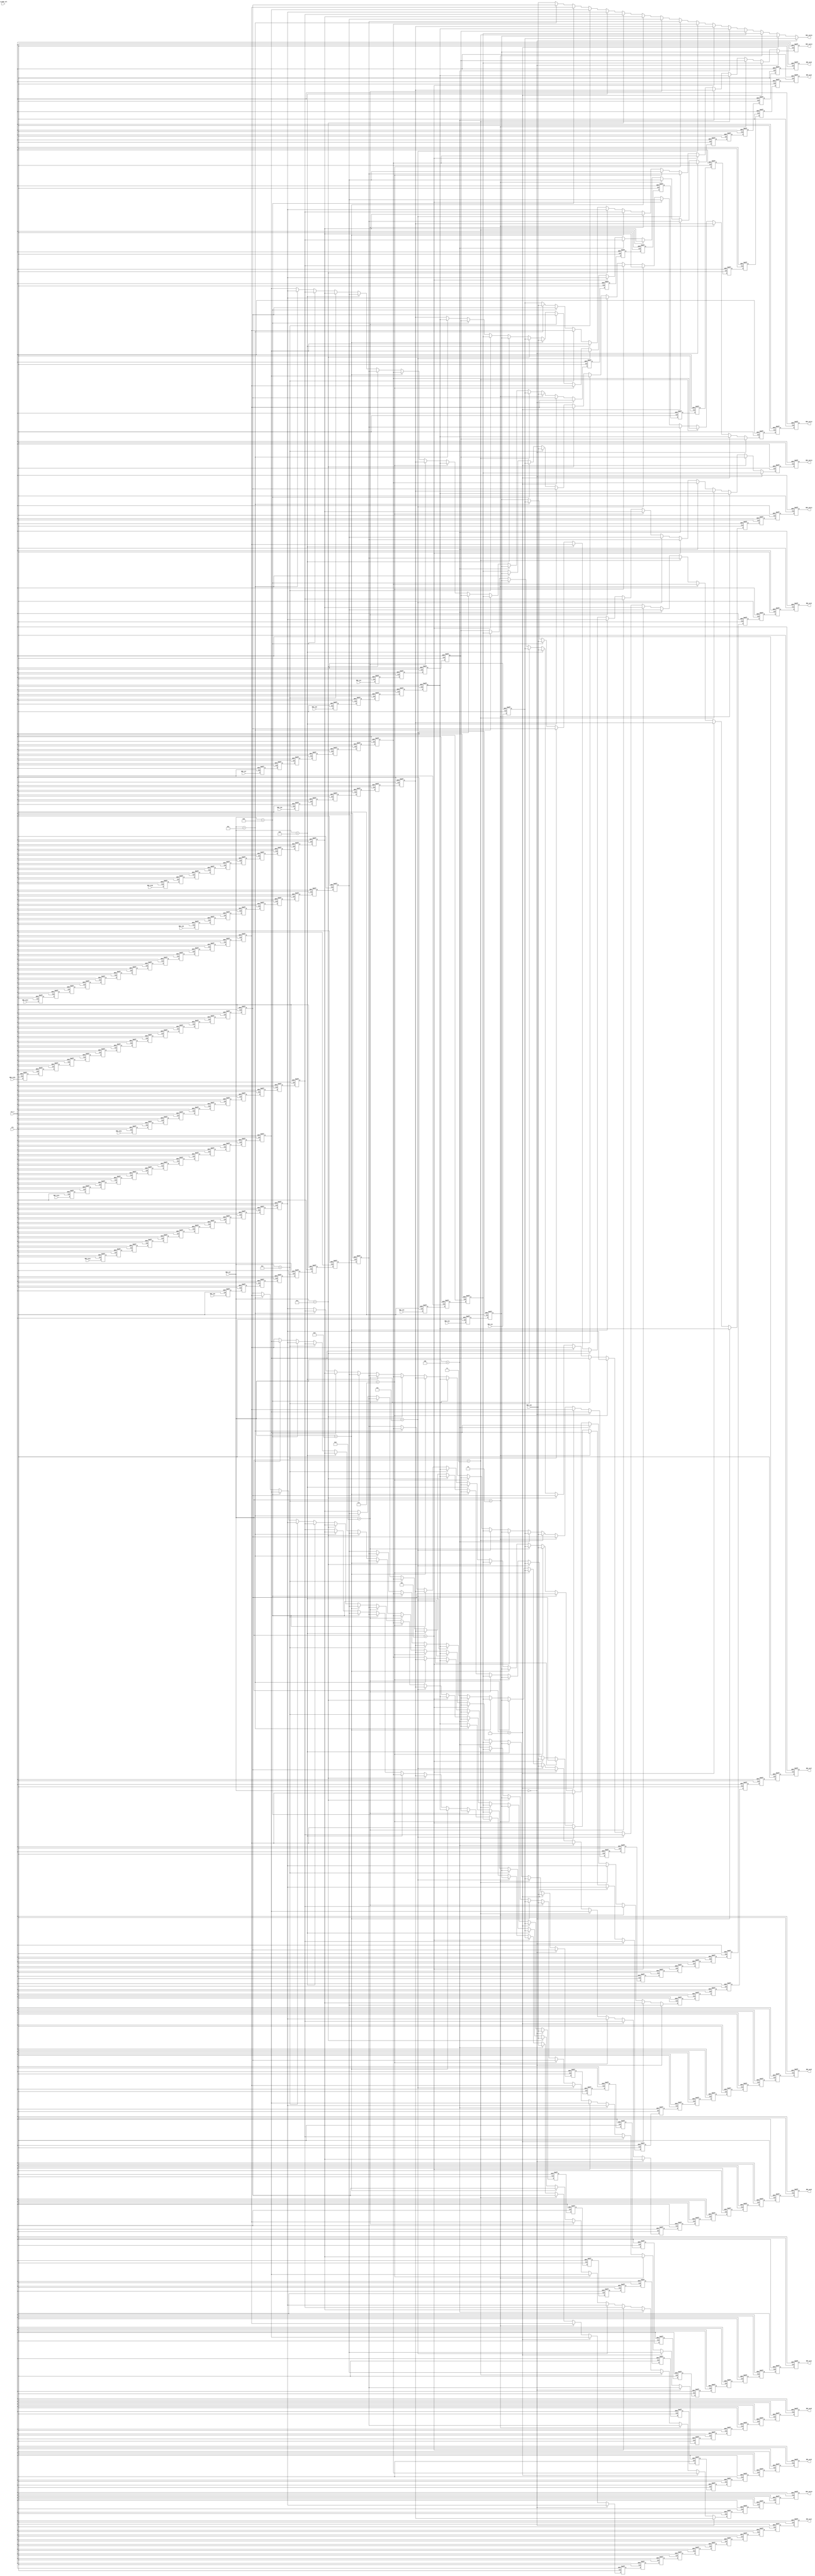
module R16_DC(RDC_out0,                                                                      
 			  RDC_out1,                                                                      
 			  RDC_out2,                                                                      
 			  RDC_out3,                                                                      
 			  RDC_out4,                                                                      
 			  RDC_out5,                                                                      
 			  RDC_out6,                                                                      
 			  RDC_out7,                                                                      
 			  RDC_out8,                                                                      
 			  RDC_out9,                                                                      
 			  RDC_out10,                                                                     
 			  RDC_out11,                                                                     
 			  RDC_out12,                                                                     
 			  RDC_out13,                                                                     
 			  RDC_out14,                                                                     
 			  RDC_out15,                                                                     
               RDC_in0,                                                                       
 		      RDC_in1,                                                                       
 			  RDC_in2,                                                                       
 			  RDC_in3,                                                                       
 			  RDC_in4,                                                                       
 			  RDC_in5,                                                                       
 			  RDC_in6,                                                                       
 			  RDC_in7,                                                                       
 			  RDC_in8,                                                                       
 			  RDC_in9,                                                                       
 			  RDC_in10,                                                                      
 			  RDC_in11,                                                                      
 			  RDC_in12,                                                                      
 			  RDC_in13,                                                                      
 			  RDC_in14,                                                                      
 			  RDC_in15,                                                                      
 			  RDC_sel,                                                                       
 			  DC_mode_sel,                                                                   
               rst_n,                                                                         
               clk                                                                            
               ) ;                                                                            
 parameter P_WIDTH     = 64 ;                                                                 
                                                                                              
 parameter P_ZERO      = 64'h0 ;                                                              
                                                                                              
                                                                                              
 output[P_WIDTH-1:0] RDC_out0 ;                                                               
 output[P_WIDTH-1:0] RDC_out1 ;                                                               
 output[P_WIDTH-1:0] RDC_out2 ;                                                               
 output[P_WIDTH-1:0] RDC_out3 ;                                                               
 output[P_WIDTH-1:0] RDC_out4 ;                                                               
 output[P_WIDTH-1:0] RDC_out5 ;                                                               
 output[P_WIDTH-1:0] RDC_out6 ;                                                               
 output[P_WIDTH-1:0] RDC_out7 ;                                                               
 output[P_WIDTH-1:0] RDC_out8 ;                                                               
 output[P_WIDTH-1:0] RDC_out9 ;                                                               
 output[P_WIDTH-1:0] RDC_out10 ;                                                              
 output[P_WIDTH-1:0] RDC_out11 ;                                                              
 output[P_WIDTH-1:0] RDC_out12 ;                                                              
 output[P_WIDTH-1:0] RDC_out13 ;                                                              
 output[P_WIDTH-1:0] RDC_out14 ;                                                              
 output[P_WIDTH-1:0] RDC_out15 ;                                                              
                                                                                              
 input [P_WIDTH-1:0] RDC_in0 ;                                                                
 input [P_WIDTH-1:0] RDC_in1 ;                                                                
 input [P_WIDTH-1:0] RDC_in2 ;                                                                
 input [P_WIDTH-1:0] RDC_in3 ;                                                                
 input [P_WIDTH-1:0] RDC_in4 ;                                                                
 input [P_WIDTH-1:0] RDC_in5 ;                                                                
 input [P_WIDTH-1:0] RDC_in6 ;                                                                
 input [P_WIDTH-1:0] RDC_in7 ;                                                                
 input [P_WIDTH-1:0] RDC_in8 ;                                                                
 input [P_WIDTH-1:0] RDC_in9 ;                                                                
 input [P_WIDTH-1:0] RDC_in10 ;                                                               
 input [P_WIDTH-1:0] RDC_in11 ;                                                               
 input [P_WIDTH-1:0] RDC_in12 ;                                                               
 input [P_WIDTH-1:0] RDC_in13 ;                                                               
 input [P_WIDTH-1:0] RDC_in14 ;                                                               
 input [P_WIDTH-1:0] RDC_in15 ;                                                               
 input [3:0]         RDC_sel ;                                                                
 input [1:0]         DC_mode_sel ;                                                            
 input               rst_n ;                                                                  
 input               clk ;                                                                    
                                                                                              
                                                                                              
 reg   [P_WIDTH-1:0] RDC_out0 ;                                                               
 reg   [P_WIDTH-1:0] RDC_out1 ;                                                               
 reg   [P_WIDTH-1:0] RDC_out2 ;                                                               
 reg   [P_WIDTH-1:0] RDC_out3 ;                                                               
 reg   [P_WIDTH-1:0] RDC_out4 ;                                                               
 reg   [P_WIDTH-1:0] RDC_out5 ;                                                               
 reg   [P_WIDTH-1:0] RDC_out6 ;                                                               
 reg   [P_WIDTH-1:0] RDC_out7 ;                                                               
 reg   [P_WIDTH-1:0] RDC_out8 ;                                                               
 reg   [P_WIDTH-1:0] RDC_out9 ;                                                               
 reg   [P_WIDTH-1:0] RDC_out10 ;                                                              
 reg   [P_WIDTH-1:0] RDC_out11 ;                                                              
 reg   [P_WIDTH-1:0] RDC_out12 ;                                                              
 reg   [P_WIDTH-1:0] RDC_out13 ;                                                              
 reg   [P_WIDTH-1:0] RDC_out14 ;                                                              
                                                                                              
                                                                                              
 reg   [P_WIDTH-1:0] D1_0_in_reg ;                                                            
 reg   [P_WIDTH-1:0] D2_0_in_reg ;                                                            
 reg   [P_WIDTH-1:0] D2_1_in_reg ;                                                            
 reg   [P_WIDTH-1:0] D3_0_in_reg ;                                                            
 reg   [P_WIDTH-1:0] D3_1_in_reg ;                                                            
 reg   [P_WIDTH-1:0] D3_2_in_reg ;                                                            
 reg   [P_WIDTH-1:0] D4_0_in_reg ;                                                            
 reg   [P_WIDTH-1:0] D4_1_in_reg ;                                                            
 reg   [P_WIDTH-1:0] D4_2_in_reg ;                                                            
 reg   [P_WIDTH-1:0] D4_3_in_reg ;                                                            
 reg   [P_WIDTH-1:0] D5_0_in_reg ;                                                            
 reg   [P_WIDTH-1:0] D5_1_in_reg ;                                                            
 reg   [P_WIDTH-1:0] D5_2_in_reg ;                                                            
 reg   [P_WIDTH-1:0] D5_3_in_reg ;                                                            
 reg   [P_WIDTH-1:0] D5_4_in_reg ;                                                            
 reg   [P_WIDTH-1:0] D6_0_in_reg ;                                                            
 reg   [P_WIDTH-1:0] D6_1_in_reg ;                                                            
 reg   [P_WIDTH-1:0] D6_2_in_reg ;                                                            
 reg   [P_WIDTH-1:0] D6_3_in_reg ;                                                            
 reg   [P_WIDTH-1:0] D6_4_in_reg ;                                                            
 reg   [P_WIDTH-1:0] D6_5_in_reg ;                                                            
 reg   [P_WIDTH-1:0] D7_0_in_reg ;                                                            
 reg   [P_WIDTH-1:0] D7_1_in_reg ;                                                            
 reg   [P_WIDTH-1:0] D7_2_in_reg ;                                                            
 reg   [P_WIDTH-1:0] D7_3_in_reg ;                                                            
 reg   [P_WIDTH-1:0] D7_4_in_reg ;                                                            
 reg   [P_WIDTH-1:0] D7_5_in_reg ;                                                            
 reg   [P_WIDTH-1:0] D7_6_in_reg ;                                                            
 reg   [P_WIDTH-1:0] D8_0_in_reg ;                                                            
 reg   [P_WIDTH-1:0] D8_1_in_reg ;                                                            
 reg   [P_WIDTH-1:0] D8_2_in_reg ;                                                            
 reg   [P_WIDTH-1:0] D8_3_in_reg ;                                                            
 reg   [P_WIDTH-1:0] D8_4_in_reg ;                                                            
 reg   [P_WIDTH-1:0] D8_5_in_reg ;                                                            
 reg   [P_WIDTH-1:0] D8_6_in_reg ;                                                            
 reg   [P_WIDTH-1:0] D8_7_in_reg ;                                                            
 reg   [P_WIDTH-1:0] D9_0_in_reg ;                                                            
 reg   [P_WIDTH-1:0] D9_1_in_reg ;                                                            
 reg   [P_WIDTH-1:0] D9_2_in_reg ;                                                            
 reg   [P_WIDTH-1:0] D9_3_in_reg ;                                                            
 reg   [P_WIDTH-1:0] D9_4_in_reg ;                                                            
 reg   [P_WIDTH-1:0] D9_5_in_reg ;                                                            
 reg   [P_WIDTH-1:0] D9_6_in_reg ;                                                            
 reg   [P_WIDTH-1:0] D9_7_in_reg ;                                                            
 reg   [P_WIDTH-1:0] D9_8_in_reg ;                                                            
 reg   [P_WIDTH-1:0] D10_0_in_reg ;                                                           
 reg   [P_WIDTH-1:0] D10_1_in_reg ;                                                           
 reg   [P_WIDTH-1:0] D10_2_in_reg ;                                                           
 reg   [P_WIDTH-1:0] D10_3_in_reg ;                                                           
 reg   [P_WIDTH-1:0] D10_4_in_reg ;                                                           
 reg   [P_WIDTH-1:0] D10_5_in_reg ;                                                           
 reg   [P_WIDTH-1:0] D10_6_in_reg ;                                                           
 reg   [P_WIDTH-1:0] D10_7_in_reg ;                                                           
 reg   [P_WIDTH-1:0] D10_8_in_reg ;                                                           
 reg   [P_WIDTH-1:0] D10_9_in_reg ;                                                           
 reg   [P_WIDTH-1:0] D11_0_in_reg ;                                                           
 reg   [P_WIDTH-1:0] D11_1_in_reg ;                                                           
 reg   [P_WIDTH-1:0] D11_2_in_reg ;                                                           
 reg   [P_WIDTH-1:0] D11_3_in_reg ;                                                           
 reg   [P_WIDTH-1:0] D11_4_in_reg ;                                                           
 reg   [P_WIDTH-1:0] D11_5_in_reg ;                                                           
 reg   [P_WIDTH-1:0] D11_6_in_reg ;                                                           
 reg   [P_WIDTH-1:0] D11_7_in_reg ;                                                           
 reg   [P_WIDTH-1:0] D11_8_in_reg ;                                                           
 reg   [P_WIDTH-1:0] D11_9_in_reg ;                                                           
 reg   [P_WIDTH-1:0] D11_10_in_reg ;                                                          
 reg   [P_WIDTH-1:0] D12_0_in_reg ;                                                           
 reg   [P_WIDTH-1:0] D12_1_in_reg ;                                                           
 reg   [P_WIDTH-1:0] D12_2_in_reg ;                                                           
 reg   [P_WIDTH-1:0] D12_3_in_reg ;                                                           
 reg   [P_WIDTH-1:0] D12_4_in_reg ;                                                           
 reg   [P_WIDTH-1:0] D12_5_in_reg ;                                                           
 reg   [P_WIDTH-1:0] D12_6_in_reg ;                                                           
 reg   [P_WIDTH-1:0] D12_7_in_reg ;                                                           
 reg   [P_WIDTH-1:0] D12_8_in_reg ;                                                           
 reg   [P_WIDTH-1:0] D12_9_in_reg ;                                                           
 reg   [P_WIDTH-1:0] D12_10_in_reg ;                                                          
 reg   [P_WIDTH-1:0] D12_11_in_reg ;                                                          
 reg   [P_WIDTH-1:0] D13_0_in_reg ;                                                           
 reg   [P_WIDTH-1:0] D13_1_in_reg ;                                                           
 reg   [P_WIDTH-1:0] D13_2_in_reg ;                                                           
 reg   [P_WIDTH-1:0] D13_3_in_reg ;                                                           
 reg   [P_WIDTH-1:0] D13_4_in_reg ;                                                           
 reg   [P_WIDTH-1:0] D13_5_in_reg ;                                                           
 reg   [P_WIDTH-1:0] D13_6_in_reg ;                                                           
 reg   [P_WIDTH-1:0] D13_7_in_reg ;                                                           
 reg   [P_WIDTH-1:0] D13_8_in_reg ;                                                           
 reg   [P_WIDTH-1:0] D13_9_in_reg ;                                                           
 reg   [P_WIDTH-1:0] D13_10_in_reg ;                                                          
 reg   [P_WIDTH-1:0] D13_11_in_reg ;                                                          
 reg   [P_WIDTH-1:0] D13_12_in_reg ;                                                          
 reg   [P_WIDTH-1:0] D14_0_in_reg ;                                                           
 reg   [P_WIDTH-1:0] D14_1_in_reg ;                                                           
 reg   [P_WIDTH-1:0] D14_2_in_reg ;                                                           
 reg   [P_WIDTH-1:0] D14_3_in_reg ;                                                           
 reg   [P_WIDTH-1:0] D14_4_in_reg ;                                                           
 reg   [P_WIDTH-1:0] D14_5_in_reg ;                                                           
 reg   [P_WIDTH-1:0] D14_6_in_reg ;                                                           
 reg   [P_WIDTH-1:0] D14_7_in_reg ;                                                           
 reg   [P_WIDTH-1:0] D14_8_in_reg ;                                                           
 reg   [P_WIDTH-1:0] D14_9_in_reg ;                                                           
 reg   [P_WIDTH-1:0] D14_10_in_reg ;                                                          
 reg   [P_WIDTH-1:0] D14_11_in_reg ;                                                          
 reg   [P_WIDTH-1:0] D14_12_in_reg ;                                                          
 reg   [P_WIDTH-1:0] D14_13_in_reg ;                                                          
 reg   [P_WIDTH-1:0] D15_0_in_reg ;                                                           
 reg   [P_WIDTH-1:0] D15_1_in_reg ;                                                           
 reg   [P_WIDTH-1:0] D15_2_in_reg ;                                                           
 reg   [P_WIDTH-1:0] D15_3_in_reg ;                                                           
 reg   [P_WIDTH-1:0] D15_4_in_reg ;                                                           
 reg   [P_WIDTH-1:0] D15_5_in_reg ;                                                           
 reg   [P_WIDTH-1:0] D15_6_in_reg ;                                                           
 reg   [P_WIDTH-1:0] D15_7_in_reg ;                                                           
 reg   [P_WIDTH-1:0] D15_8_in_reg ;                                                           
 reg   [P_WIDTH-1:0] D15_9_in_reg ;                                                           
 reg   [P_WIDTH-1:0] D15_10_in_reg ;                                                          
 reg   [P_WIDTH-1:0] D15_11_in_reg ;                                                          
 reg   [P_WIDTH-1:0] D15_12_in_reg ;                                                          
 reg   [P_WIDTH-1:0] D15_13_in_reg ;                                                          
 reg   [P_WIDTH-1:0] D15_14_in_reg ;                                                          
                                                                                              
                                                                                              
 reg   [P_WIDTH-1:0] D0_0_out_reg ;                                                           
 reg   [P_WIDTH-1:0] D0_1_out_reg ;                                                           
 reg   [P_WIDTH-1:0] D0_2_out_reg ;                                                           
 reg   [P_WIDTH-1:0] D0_3_out_reg ;                                                           
 reg   [P_WIDTH-1:0] D0_4_out_reg ;                                                           
 reg   [P_WIDTH-1:0] D0_5_out_reg ;                                                           
 reg   [P_WIDTH-1:0] D0_6_out_reg ;                                                           
 reg   [P_WIDTH-1:0] D0_7_out_reg ;                                                           
 reg   [P_WIDTH-1:0] D0_8_out_reg ;                                                           
 reg   [P_WIDTH-1:0] D0_9_out_reg ;                                                           
 reg   [P_WIDTH-1:0] D0_10_out_reg ;                                                          
 reg   [P_WIDTH-1:0] D0_11_out_reg ;                                                          
 reg   [P_WIDTH-1:0] D0_12_out_reg ;                                                          
 reg   [P_WIDTH-1:0] D0_13_out_reg ;                                                          
 reg   [P_WIDTH-1:0] D1_0_out_reg ;                                                           
 reg   [P_WIDTH-1:0] D1_1_out_reg ;                                                           
 reg   [P_WIDTH-1:0] D1_2_out_reg ;                                                           
 reg   [P_WIDTH-1:0] D1_3_out_reg ;                                                           
 reg   [P_WIDTH-1:0] D1_4_out_reg ;                                                           
 reg   [P_WIDTH-1:0] D1_5_out_reg ;                                                           
 reg   [P_WIDTH-1:0] D1_6_out_reg ;                                                           
 reg   [P_WIDTH-1:0] D1_7_out_reg ;                                                           
 reg   [P_WIDTH-1:0] D1_8_out_reg ;                                                           
 reg   [P_WIDTH-1:0] D1_9_out_reg ;                                                           
 reg   [P_WIDTH-1:0] D1_10_out_reg ;                                                          
 reg   [P_WIDTH-1:0] D1_11_out_reg ;                                                          
 reg   [P_WIDTH-1:0] D1_12_out_reg ;                                                          
 reg   [P_WIDTH-1:0] D2_0_out_reg ;                                                           
 reg   [P_WIDTH-1:0] D2_1_out_reg ;                                                           
 reg   [P_WIDTH-1:0] D2_2_out_reg ;                                                           
 reg   [P_WIDTH-1:0] D2_3_out_reg ;                                                           
 reg   [P_WIDTH-1:0] D2_4_out_reg ;                                                           
 reg   [P_WIDTH-1:0] D2_5_out_reg ;                                                           
 reg   [P_WIDTH-1:0] D2_6_out_reg ;                                                           
 reg   [P_WIDTH-1:0] D2_7_out_reg ;                                                           
 reg   [P_WIDTH-1:0] D2_8_out_reg ;                                                           
 reg   [P_WIDTH-1:0] D2_9_out_reg ;                                                           
 reg   [P_WIDTH-1:0] D2_10_out_reg ;                                                          
 reg   [P_WIDTH-1:0] D2_11_out_reg ;                                                          
 reg   [P_WIDTH-1:0] D3_0_out_reg ;                                                           
 reg   [P_WIDTH-1:0] D3_1_out_reg ;                                                           
 reg   [P_WIDTH-1:0] D3_2_out_reg ;                                                           
 reg   [P_WIDTH-1:0] D3_3_out_reg ;                                                           
 reg   [P_WIDTH-1:0] D3_4_out_reg ;                                                           
 reg   [P_WIDTH-1:0] D3_5_out_reg ;                                                           
 reg   [P_WIDTH-1:0] D3_6_out_reg ;                                                           
 reg   [P_WIDTH-1:0] D3_7_out_reg ;                                                           
 reg   [P_WIDTH-1:0] D3_8_out_reg ;                                                           
 reg   [P_WIDTH-1:0] D3_9_out_reg ;                                                           
 reg   [P_WIDTH-1:0] D3_10_out_reg ;                                                          
 reg   [P_WIDTH-1:0] D4_0_out_reg ;                                                           
 reg   [P_WIDTH-1:0] D4_1_out_reg ;                                                           
 reg   [P_WIDTH-1:0] D4_2_out_reg ;                                                           
 reg   [P_WIDTH-1:0] D4_3_out_reg ;                                                           
 reg   [P_WIDTH-1:0] D4_4_out_reg ;                                                           
 reg   [P_WIDTH-1:0] D4_5_out_reg ;                                                           
 reg   [P_WIDTH-1:0] D4_6_out_reg ;                                                           
 reg   [P_WIDTH-1:0] D4_7_out_reg ;                                                           
 reg   [P_WIDTH-1:0] D4_8_out_reg ;                                                           
 reg   [P_WIDTH-1:0] D4_9_out_reg ;                                                           
 reg   [P_WIDTH-1:0] D5_0_out_reg ;                                                           
 reg   [P_WIDTH-1:0] D5_1_out_reg ;                                                           
 reg   [P_WIDTH-1:0] D5_2_out_reg ;                                                           
 reg   [P_WIDTH-1:0] D5_3_out_reg ;                                                           
 reg   [P_WIDTH-1:0] D5_4_out_reg ;                                                           
 reg   [P_WIDTH-1:0] D5_5_out_reg ;                                                           
 reg   [P_WIDTH-1:0] D5_6_out_reg ;                                                           
 reg   [P_WIDTH-1:0] D5_7_out_reg ;                                                           
 reg   [P_WIDTH-1:0] D5_8_out_reg ;                                                           
 reg   [P_WIDTH-1:0] D6_0_out_reg ;                                                           
 reg   [P_WIDTH-1:0] D6_1_out_reg ;                                                           
 reg   [P_WIDTH-1:0] D6_2_out_reg ;                                                           
 reg   [P_WIDTH-1:0] D6_3_out_reg ;                                                           
 reg   [P_WIDTH-1:0] D6_4_out_reg ;                                                           
 reg   [P_WIDTH-1:0] D6_5_out_reg ;                                                           
 reg   [P_WIDTH-1:0] D6_6_out_reg ;                                                           
 reg   [P_WIDTH-1:0] D6_7_out_reg ;                                                           
 reg   [P_WIDTH-1:0] D7_0_out_reg ;                                                           
 reg   [P_WIDTH-1:0] D7_1_out_reg ;                                                           
 reg   [P_WIDTH-1:0] D7_2_out_reg ;                                                           
 reg   [P_WIDTH-1:0] D7_3_out_reg ;                                                           
 reg   [P_WIDTH-1:0] D7_4_out_reg ;                                                           
 reg   [P_WIDTH-1:0] D7_5_out_reg ;                                                           
 reg   [P_WIDTH-1:0] D7_6_out_reg ;                                                           
 reg   [P_WIDTH-1:0] D8_0_out_reg ;                                                           
 reg   [P_WIDTH-1:0] D8_1_out_reg ;                                                           
 reg   [P_WIDTH-1:0] D8_2_out_reg ;                                                           
 reg   [P_WIDTH-1:0] D8_3_out_reg ;                                                           
 reg   [P_WIDTH-1:0] D8_4_out_reg ;                                                           
 reg   [P_WIDTH-1:0] D8_5_out_reg ;                                                           
 reg   [P_WIDTH-1:0] D9_0_out_reg ;                                                           
 reg   [P_WIDTH-1:0] D9_1_out_reg ;                                                           
 reg   [P_WIDTH-1:0] D9_2_out_reg ;                                                           
 reg   [P_WIDTH-1:0] D9_3_out_reg ;                                                           
 reg   [P_WIDTH-1:0] D9_4_out_reg ;                                                           
 reg   [P_WIDTH-1:0] D10_0_out_reg ;                                                          
 reg   [P_WIDTH-1:0] D10_1_out_reg ;                                                          
 reg   [P_WIDTH-1:0] D10_2_out_reg ;                                                          
 reg   [P_WIDTH-1:0] D10_3_out_reg ;                                                          
 reg   [P_WIDTH-1:0] D11_0_out_reg ;                                                          
 reg   [P_WIDTH-1:0] D11_1_out_reg ;                                                          
 reg   [P_WIDTH-1:0] D11_2_out_reg ;                                                          
 reg   [P_WIDTH-1:0] D12_0_out_reg ;                                                          
 reg   [P_WIDTH-1:0] D12_1_out_reg ;                                                          
 reg   [P_WIDTH-1:0] D13_0_out_reg ;                                                          
                                                                                              
                                                                                              
 wire  [P_WIDTH-1:0]  D0_wire ;                                                               
 wire  [P_WIDTH-1:0]  D1_wire ;                                                               
 wire  [P_WIDTH-1:0]  D2_wire ;                                                               
 wire  [P_WIDTH-1:0]  D3_wire ;                                                               
 wire  [P_WIDTH-1:0]  D4_wire ;                                                               
 wire  [P_WIDTH-1:0]  D5_wire ;                                                               
 wire  [P_WIDTH-1:0]  D6_wire ;                                                               
 wire  [P_WIDTH-1:0]  D7_wire ;                                                               
 wire  [P_WIDTH-1:0]  D8_wire ;                                                               
 wire  [P_WIDTH-1:0]  D9_wire ;                                                               
 wire  [P_WIDTH-1:0]  D10_wire ;                                                              
 wire  [P_WIDTH-1:0]  D11_wire ;                                                              
 wire  [P_WIDTH-1:0]  D12_wire ;                                                              
 wire  [P_WIDTH-1:0]  D13_wire ;                                                              
 wire  [P_WIDTH-1:0]  D14_wire ;                                                              
 wire  [P_WIDTH-1:0]  RDC_out15 ;                                                             
                                                                                              
                                                                                              
 	//                                                                                       
 	assign D0_wire =  //(DC_mode_sel == 2'd1)? RDC_in0 :                                       
                       (RDC_sel==4'd0)? RDC_in0 :                                             
 					  (RDC_sel==4'd1)? D1_0_in_reg :                                         
 					  (RDC_sel==4'd2)? D2_1_in_reg :                                         
 					  (RDC_sel==4'd3)? D3_2_in_reg :                                         
 					  (RDC_sel==4'd4)? D4_3_in_reg :                                         
 					  (RDC_sel==4'd5)? D5_4_in_reg :                                         
 					  (RDC_sel==4'd6)? D6_5_in_reg :                                         
 					  (RDC_sel==4'd7)? D7_6_in_reg :                                         
 					  (RDC_sel==4'd8)? D8_7_in_reg :                                         
 					  (RDC_sel==4'd9)? D9_8_in_reg :                                         
 					  (RDC_sel==4'd10)? D10_9_in_reg :                                       
 					  (RDC_sel==4'd11)? D11_10_in_reg :                                      
 					  (RDC_sel==4'd12)? D12_11_in_reg :                                      
 					  (RDC_sel==4'd13)? D13_12_in_reg :                                      
 					  (RDC_sel==4'd14)? D14_13_in_reg :                                      
 					                    D15_14_in_reg ; // RDC_sel==4'd15                    
 									                                                         
 	//                                                                                       
 	assign D1_wire =  //(DC_mode_sel == 2'd1)? D1_0_in_reg :                                   
                       (RDC_sel==4'd0)? D15_14_in_reg :                                       
 					  (RDC_sel==4'd1)? RDC_in0 :                                             
 					  (RDC_sel==4'd2)? D1_0_in_reg :                                         
 					  (RDC_sel==4'd3)? D2_1_in_reg :                                         
 					  (RDC_sel==4'd4)? D3_2_in_reg :                                         
 					  (RDC_sel==4'd5)? D4_3_in_reg :                                         
 					  (RDC_sel==4'd6)? D5_4_in_reg :                                         
 					  (RDC_sel==4'd7)? D6_5_in_reg :                                         
 					  (RDC_sel==4'd8)? D7_6_in_reg :                                         
 					  (RDC_sel==4'd9)? D8_7_in_reg :                                         
 					  (RDC_sel==4'd10)? D9_8_in_reg :                                        
 					  (RDC_sel==4'd11)? D10_9_in_reg :                                       
 					  (RDC_sel==4'd12)? D11_10_in_reg :                                      
 					  (RDC_sel==4'd13)? D12_11_in_reg :                                      
 					  (RDC_sel==4'd14)? D13_12_in_reg :                                      
 					                    D14_13_in_reg ; // RDC_sel==4'd15                    
 									                                                         
 	//                                                                                       
 	assign D2_wire =  //(DC_mode_sel == 2'd1)? D2_1_in_reg :                                   
 	                  (RDC_sel==4'd0)? D14_13_in_reg :                                       
 					  (RDC_sel==4'd1)? D15_14_in_reg :                                       
 					  (RDC_sel==4'd2)? RDC_in0 :                                             
 					  (RDC_sel==4'd3)? D1_0_in_reg :                                         
 					  (RDC_sel==4'd4)? D2_1_in_reg :                                         
 					  (RDC_sel==4'd5)? D3_2_in_reg :                                         
 					  (RDC_sel==4'd6)? D4_3_in_reg :                                         
 					  (RDC_sel==4'd7)? D5_4_in_reg :                                         
 					  (RDC_sel==4'd8)? D6_5_in_reg :                                         
 					  (RDC_sel==4'd9)? D7_6_in_reg :                                         
 					  (RDC_sel==4'd10)? D8_7_in_reg :                                        
 					  (RDC_sel==4'd11)? D9_8_in_reg :                                        
 					  (RDC_sel==4'd12)? D10_9_in_reg :                                       
 					  (RDC_sel==4'd13)? D11_10_in_reg :                                      
 					  (RDC_sel==4'd14)? D12_11_in_reg :                                      
 					                    D13_12_in_reg ; // RDC_sel==4'd15					 
 	                                                                                         
 	//                                                                                       
 	assign D3_wire =  //(DC_mode_sel == 2'd1)? D3_2_in_reg :                                   
 	                  (RDC_sel==4'd0)? D13_12_in_reg :                                       
 					  (RDC_sel==4'd1)? D14_13_in_reg :                                       
 					  (RDC_sel==4'd2)? D15_14_in_reg :                                       
 					  (RDC_sel==4'd3)? RDC_in0 :                                             
 					  (RDC_sel==4'd4)? D1_0_in_reg :                                         
 					  (RDC_sel==4'd5)? D2_1_in_reg :                                         
 					  (RDC_sel==4'd6)? D3_2_in_reg :                                         
 					  (RDC_sel==4'd7)? D4_3_in_reg :                                         
 					  (RDC_sel==4'd8)? D5_4_in_reg :                                         
 					  (RDC_sel==4'd9)? D6_5_in_reg :                                         
 					  (RDC_sel==4'd10)? D7_6_in_reg :                                        
 					  (RDC_sel==4'd11)? D8_7_in_reg :                                        
 					  (RDC_sel==4'd12)? D9_8_in_reg :                                        
 					  (RDC_sel==4'd13)? D10_9_in_reg :                                       
 					  (RDC_sel==4'd14)? D11_10_in_reg :                                      
 					                    D12_11_in_reg ; // RDC_sel==4'd15                    
 	//                                                                                       
 	assign D4_wire =  //(DC_mode_sel == 2'd1)? D4_3_in_reg :                                   
 	                  (RDC_sel==4'd0)? D12_11_in_reg :                                       
 					  (RDC_sel==4'd1)? D13_12_in_reg :                                       
 					  (RDC_sel==4'd2)? D14_13_in_reg :                                       
 					  (RDC_sel==4'd3)? D15_14_in_reg :                                       
 					  (RDC_sel==4'd4)? RDC_in0 :                                             
 					  (RDC_sel==4'd5)? D1_0_in_reg :                                         
 					  (RDC_sel==4'd6)? D2_1_in_reg :                                         
 					  (RDC_sel==4'd7)? D3_2_in_reg :                                         
 					  (RDC_sel==4'd8)? D4_3_in_reg :                                         
 					  (RDC_sel==4'd9)? D5_4_in_reg :                                         
 					  (RDC_sel==4'd10)? D6_5_in_reg :                                        
 					  (RDC_sel==4'd11)? D7_6_in_reg :                                        
 					  (RDC_sel==4'd12)? D8_7_in_reg :                                        
 					  (RDC_sel==4'd13)? D9_8_in_reg :                                        
 					  (RDC_sel==4'd14)? D10_9_in_reg :                                       
 					                    D11_10_in_reg ; // RDC_sel==4'd15                    
 	//                                                                                       
 	assign D5_wire =  //(DC_mode_sel == 2'd1)? D5_4_in_reg :                                   
 	                  (RDC_sel==4'd0)? D11_10_in_reg :                                       
 					  (RDC_sel==4'd1)? D12_11_in_reg :                                       
 					  (RDC_sel==4'd2)? D13_12_in_reg :                                       
 					  (RDC_sel==4'd3)? D14_13_in_reg :                                       
 					  (RDC_sel==4'd4)? D15_14_in_reg :                                       
 					  (RDC_sel==4'd5)? RDC_in0 :                                             
 					  (RDC_sel==4'd6)? D1_0_in_reg :                                         
 					  (RDC_sel==4'd7)? D2_1_in_reg :                                         
 					  (RDC_sel==4'd8)? D3_2_in_reg :                                         
 					  (RDC_sel==4'd9)? D4_3_in_reg :                                         
 					  (RDC_sel==4'd10)? D5_4_in_reg :                                        
 					  (RDC_sel==4'd11)? D6_5_in_reg :                                        
 					  (RDC_sel==4'd12)? D7_6_in_reg :                                        
 					  (RDC_sel==4'd13)? D8_7_in_reg :                                        
 					  (RDC_sel==4'd14)? D9_8_in_reg :                                        
 					                    D10_9_in_reg ; // RDC_sel==4'd15                     
 	//                                                                                       
 	assign D6_wire =  //(DC_mode_sel == 2'd1)? D6_5_in_reg :                                   
 	                  (RDC_sel==4'd0)? D10_9_in_reg :                                        
 					  (RDC_sel==4'd1)? D11_10_in_reg :                                       
 					  (RDC_sel==4'd2)? D12_11_in_reg :                                       
 					  (RDC_sel==4'd3)? D13_12_in_reg :                                       
 					  (RDC_sel==4'd4)? D14_13_in_reg :                                       
 					  (RDC_sel==4'd5)? D15_14_in_reg :                                       
 					  (RDC_sel==4'd6)? RDC_in0 :                                             
 					  (RDC_sel==4'd7)? D1_0_in_reg :                                         
 					  (RDC_sel==4'd8)? D2_1_in_reg :                                         
 					  (RDC_sel==4'd9)? D3_2_in_reg :                                         
 					  (RDC_sel==4'd10)? D4_3_in_reg :                                        
 					  (RDC_sel==4'd11)? D5_4_in_reg :                                        
 					  (RDC_sel==4'd12)? D6_5_in_reg :                                        
 					  (RDC_sel==4'd13)? D7_6_in_reg :                                        
 					  (RDC_sel==4'd14)? D8_7_in_reg :                                        
 					                    D9_8_in_reg ; // RDC_sel==4'd15						 
 	//                                                                                       
 	assign D7_wire =  //(DC_mode_sel == 2'd1)? D7_6_in_reg :                                   
 	                  (RDC_sel==4'd0)? D9_8_in_reg :                                         
 					  (RDC_sel==4'd1)? D10_9_in_reg :                                        
 					  (RDC_sel==4'd2)? D11_10_in_reg :                                       
 					  (RDC_sel==4'd3)? D12_11_in_reg :                                       
 					  (RDC_sel==4'd4)? D13_12_in_reg :                                       
 					  (RDC_sel==4'd5)? D14_13_in_reg :                                       
 					  (RDC_sel==4'd6)? D15_14_in_reg :                                       
 					  (RDC_sel==4'd7)? RDC_in0 :                                             
 					  (RDC_sel==4'd8)? D1_0_in_reg :                                         
 					  (RDC_sel==4'd9)? D2_1_in_reg :                                         
 					  (RDC_sel==4'd10)? D3_2_in_reg :                                        
 					  (RDC_sel==4'd11)? D4_3_in_reg :                                        
 					  (RDC_sel==4'd12)? D5_4_in_reg :                                        
 					  (RDC_sel==4'd13)? D6_5_in_reg :                                        
 					  (RDC_sel==4'd14)? D7_6_in_reg :                                        
 					                    D8_7_in_reg ; // RDC_sel==4'd15                      
 	//                                                                                       
 	assign D8_wire =  //(DC_mode_sel == 2'd1)? D8_7_in_reg :                                   
 	                  (RDC_sel==4'd0)? D8_7_in_reg :                                         
 					  (RDC_sel==4'd1)? D9_8_in_reg :                                         
 					  (RDC_sel==4'd2)? D10_9_in_reg :                                        
 					  (RDC_sel==4'd3)? D11_10_in_reg :                                       
 					  (RDC_sel==4'd4)? D12_11_in_reg :                                       
 					  (RDC_sel==4'd5)? D13_12_in_reg :                                       
 					  (RDC_sel==4'd6)? D14_13_in_reg :                                       
 					  (RDC_sel==4'd7)? D15_14_in_reg :                                       
 					  (RDC_sel==4'd8)? RDC_in0 :                                             
 					  (RDC_sel==4'd9)? D1_0_in_reg :                                         
 					  (RDC_sel==4'd10)? D2_1_in_reg :                                        
 					  (RDC_sel==4'd11)? D3_2_in_reg :                                        
 					  (RDC_sel==4'd12)? D4_3_in_reg :                                        
 					  (RDC_sel==4'd13)? D5_4_in_reg :                                        
 					  (RDC_sel==4'd14)? D6_5_in_reg :                                        
 					                    D7_6_in_reg ; // RDC_sel==4'd15                      
 	//                                                                                       
 	assign D9_wire =  //(DC_mode_sel == 2'd1)? D9_8_in_reg :                                   
 	                  (RDC_sel==4'd0)? D7_6_in_reg :                                         
 					  (RDC_sel==4'd1)? D8_7_in_reg :                                         
 					  (RDC_sel==4'd2)? D9_8_in_reg :                                         
 					  (RDC_sel==4'd3)? D10_9_in_reg :                                        
 					  (RDC_sel==4'd4)? D11_10_in_reg :                                       
 					  (RDC_sel==4'd5)? D12_11_in_reg :                                       
 					  (RDC_sel==4'd6)? D13_12_in_reg :                                       
 					  (RDC_sel==4'd7)? D14_13_in_reg :                                       
 					  (RDC_sel==4'd8)? D15_14_in_reg :                                       
 					  (RDC_sel==4'd9)? RDC_in0 :                                             
 					  (RDC_sel==4'd10)? D1_0_in_reg :                                        
 					  (RDC_sel==4'd11)? D2_1_in_reg :                                        
 					  (RDC_sel==4'd12)? D3_2_in_reg :                                        
 					  (RDC_sel==4'd13)? D4_3_in_reg :                                        
 					  (RDC_sel==4'd14)? D5_4_in_reg :                                        
 					                    D6_5_in_reg ; // RDC_sel==4'd15                      
 	//                                                                                       
 	assign D10_wire =  //(DC_mode_sel == 2'd1)? D10_9_in_reg :                                   
 	                   (RDC_sel==4'd0)? D6_5_in_reg :                                        
 					   (RDC_sel==4'd1)? D7_6_in_reg :                                        
 					   (RDC_sel==4'd2)? D8_7_in_reg :                                        
 					   (RDC_sel==4'd3)? D9_8_in_reg :                                        
 					   (RDC_sel==4'd4)? D10_9_in_reg :                                       
 					   (RDC_sel==4'd5)? D11_10_in_reg :                                      
 					   (RDC_sel==4'd6)? D12_11_in_reg :                                      
 					   (RDC_sel==4'd7)? D13_12_in_reg :                                      
 					   (RDC_sel==4'd8)? D14_13_in_reg :                                      
 					   (RDC_sel==4'd9)? D15_14_in_reg :                                      
 					   (RDC_sel==4'd10)? RDC_in0 :                                           
 					   (RDC_sel==4'd11)? D1_0_in_reg :                                       
 					   (RDC_sel==4'd12)? D2_1_in_reg :                                       
 					   (RDC_sel==4'd13)? D3_2_in_reg :                                       
 					   (RDC_sel==4'd14)? D4_3_in_reg :                                       
 					                     D5_4_in_reg ; // RDC_sel==4'd15                     
 	//                                                                                       
 	assign D11_wire =  //(DC_mode_sel == 2'd1)? D11_10_in_reg :                                   
 	                   (RDC_sel==4'd0)? D5_4_in_reg :                                        
 					   (RDC_sel==4'd1)? D6_5_in_reg :                                        
 					   (RDC_sel==4'd2)? D7_6_in_reg :                                        
 					   (RDC_sel==4'd3)? D8_7_in_reg :                                        
 					   (RDC_sel==4'd4)? D9_8_in_reg :                                        
 					   (RDC_sel==4'd5)? D10_9_in_reg :                                       
 					   (RDC_sel==4'd6)? D11_10_in_reg :                                      
 					   (RDC_sel==4'd7)? D12_11_in_reg :                                      
 					   (RDC_sel==4'd8)? D13_12_in_reg :                                      
 					   (RDC_sel==4'd9)? D14_13_in_reg :                                      
 					   (RDC_sel==4'd10)? D15_14_in_reg :                                     
 					   (RDC_sel==4'd11)? RDC_in0 :                                           
 					   (RDC_sel==4'd12)? D1_0_in_reg :                                       
 					   (RDC_sel==4'd13)? D2_1_in_reg :                                       
 					   (RDC_sel==4'd14)? D3_2_in_reg :                                       
 					                     D4_3_in_reg ; // RDC_sel==4'd15                     
 	//                                                                                       
 	assign D12_wire =  //(DC_mode_sel == 2'd1)? D12_11_in_reg :                                   
 	                   (RDC_sel==4'd0)? D4_3_in_reg :                                        
 					   (RDC_sel==4'd1)? D5_4_in_reg :                                        
 					   (RDC_sel==4'd2)? D6_5_in_reg :                                        
 					   (RDC_sel==4'd3)? D7_6_in_reg :                                        
 					   (RDC_sel==4'd4)? D8_7_in_reg :                                        
 					   (RDC_sel==4'd5)? D9_8_in_reg :                                        
 					   (RDC_sel==4'd6)? D10_9_in_reg :                                       
 					   (RDC_sel==4'd7)? D11_10_in_reg :                                      
 					   (RDC_sel==4'd8)? D12_11_in_reg :                                      
 					   (RDC_sel==4'd9)? D13_12_in_reg :                                      
 					   (RDC_sel==4'd10)? D14_13_in_reg :                                     
 					   (RDC_sel==4'd11)? D15_14_in_reg :                                     
 					   (RDC_sel==4'd12)? RDC_in0 :                                           
 					   (RDC_sel==4'd13)? D1_0_in_reg :                                       
 					   (RDC_sel==4'd14)? D2_1_in_reg :                                       
 					                     D3_2_in_reg ; // RDC_sel==4'd15                     
 	//                                                                                       
 	assign D13_wire =  //(DC_mode_sel == 2'd1)? D13_12_in_reg :                                   
 	                   (RDC_sel==4'd0)? D3_2_in_reg :                                        
 					   (RDC_sel==4'd1)? D4_3_in_reg :                                        
 					   (RDC_sel==4'd2)? D5_4_in_reg :                                        
 					   (RDC_sel==4'd3)? D6_5_in_reg :                                        
 					   (RDC_sel==4'd4)? D7_6_in_reg :                                        
 					   (RDC_sel==4'd5)? D8_7_in_reg :                                        
 					   (RDC_sel==4'd6)? D9_8_in_reg :                                        
 					   (RDC_sel==4'd7)? D10_9_in_reg :                                       
 					   (RDC_sel==4'd8)? D11_10_in_reg :                                      
 					   (RDC_sel==4'd9)? D12_11_in_reg :                                      
 					   (RDC_sel==4'd10)? D13_12_in_reg :                                     
 					   (RDC_sel==4'd11)? D14_13_in_reg :                                     
 					   (RDC_sel==4'd12)? D15_14_in_reg :                                     
 					   (RDC_sel==4'd13)? RDC_in0 :                                           
 					   (RDC_sel==4'd14)? D1_0_in_reg :                                       
 					                     D2_1_in_reg ; // RDC_sel==4'd15                     
 	//                                                                                       
 	assign D14_wire = //(DC_mode_sel == 2'd1)? D14_13_in_reg :                                   
 	                  (RDC_sel==4'd0)? D2_1_in_reg :                                         
 					  (RDC_sel==4'd1)? D3_2_in_reg :                                         
 					  (RDC_sel==4'd2)? D4_3_in_reg :                                         
 					  (RDC_sel==4'd3)? D5_4_in_reg :                                         
 					  (RDC_sel==4'd4)? D6_5_in_reg :                                         
 					  (RDC_sel==4'd5)? D7_6_in_reg :                                         
 					  (RDC_sel==4'd6)? D8_7_in_reg :                                         
 					  (RDC_sel==4'd7)? D9_8_in_reg :                                         
 					  (RDC_sel==4'd8)? D10_9_in_reg :                                        
 					  (RDC_sel==4'd9)? D11_10_in_reg :                                       
 					  (RDC_sel==4'd10)? D12_11_in_reg :                                      
 					  (RDC_sel==4'd11)? D13_12_in_reg :                                      
 					  (RDC_sel==4'd12)? D14_13_in_reg :                                      
 					  (RDC_sel==4'd13)? D15_14_in_reg :                                      
 					  (RDC_sel==4'd14)? RDC_in0 :                                            
 					                    D1_0_in_reg ; // RDC_sel==4'd15                      
 	//                                                                                       
 	assign RDC_out15 = //(DC_mode_sel == 2'd1) ? D15_14_in_reg :                             
 	                   (RDC_sel==4'd0)? D1_0_in_reg :                                        
 					   (RDC_sel==4'd1)? D2_1_in_reg :                                        
 					   (RDC_sel==4'd2)? D3_2_in_reg :                                        
 					   (RDC_sel==4'd3)? D4_3_in_reg :                                        
 					   (RDC_sel==4'd4)? D5_4_in_reg :                                        
 					   (RDC_sel==4'd5)? D6_5_in_reg :                                        
 					   (RDC_sel==4'd6)? D7_6_in_reg :                                        
 					   (RDC_sel==4'd7)? D8_7_in_reg :                                        
 					   (RDC_sel==4'd8)? D9_8_in_reg :                                        
 					   (RDC_sel==4'd9)? D10_9_in_reg :                                       
 					   (RDC_sel==4'd10)? D11_10_in_reg :                                     
 					   (RDC_sel==4'd11)? D12_11_in_reg :                                     
 					   (RDC_sel==4'd12)? D13_12_in_reg :                                     
 					   (RDC_sel==4'd13)? D14_13_in_reg :                                     
 					   (RDC_sel==4'd14)? D15_14_in_reg :                                     
 					                     RDC_in0 ; // RDC_sel==4'd15                         
 	                                                                                         
 	//                                                                                       
 	always @(posedge clk or negedge rst_n) begin                                             
 		if(~rst_n) begin                                                                     
 			D1_0_in_reg <= P_ZERO ;                                                          
 			D2_0_in_reg <= P_ZERO ;                                                          
 			D2_1_in_reg <= P_ZERO ;                                                          
 			D3_0_in_reg <= P_ZERO ;                                                          
 			D3_1_in_reg <= P_ZERO ;                                                          
 			D3_2_in_reg <= P_ZERO ;                                                          
 			D4_0_in_reg <= P_ZERO ;                                                          
 			D4_1_in_reg <= P_ZERO ;                                                          
 			D4_2_in_reg <= P_ZERO ;                                                          
 			D4_3_in_reg <= P_ZERO ;                                                          
 			D5_0_in_reg <= P_ZERO ;                                                          
 			D5_1_in_reg <= P_ZERO ;                                                          
 			D5_2_in_reg <= P_ZERO ;                                                          
 			D5_3_in_reg <= P_ZERO ;                                                          
 			D5_4_in_reg <= P_ZERO ;                                                          
 			D6_0_in_reg <= P_ZERO ;                                                          
 			D6_1_in_reg <= P_ZERO ;                                                          
 			D6_2_in_reg <= P_ZERO ;                                                          
 			D6_3_in_reg <= P_ZERO ;                                                          
 			D6_4_in_reg <= P_ZERO ;                                                          
 			D6_5_in_reg <= P_ZERO ;                                                          
 			D7_0_in_reg <= P_ZERO ;                                                          
 			D7_1_in_reg <= P_ZERO ;                                                          
 			D7_2_in_reg <= P_ZERO ;                                                          
 			D7_3_in_reg <= P_ZERO ;                                                          
 			D7_4_in_reg <= P_ZERO ;                                                          
 			D7_5_in_reg <= P_ZERO ;                                                          
 			D7_6_in_reg <= P_ZERO ;                                                          
 			D8_0_in_reg <= P_ZERO ;                                                          
 			D8_1_in_reg <= P_ZERO ;                                                          
 			D8_2_in_reg <= P_ZERO ;                                                          
 			D8_3_in_reg <= P_ZERO ;                                                          
 			D8_4_in_reg <= P_ZERO ;                                                          
 			D8_5_in_reg <= P_ZERO ;                                                          
 			D8_6_in_reg <= P_ZERO ;                                                          
 			D8_7_in_reg <= P_ZERO ;                                                          
 			D9_0_in_reg <= P_ZERO ;                                                          
 			D9_1_in_reg <= P_ZERO ;                                                          
 			D9_2_in_reg <= P_ZERO ;                                                          
 			D9_3_in_reg <= P_ZERO ;                                                          
 			D9_4_in_reg <= P_ZERO ;                                                          
 			D9_5_in_reg <= P_ZERO ;                                                          
 			D9_6_in_reg <= P_ZERO ;                                                          
 			D9_7_in_reg <= P_ZERO ;                                                          
 			D9_8_in_reg <= P_ZERO ;                                                          
 			D10_0_in_reg <= P_ZERO ;                                                         
 			D10_1_in_reg <= P_ZERO ;                                                         
 			D10_2_in_reg <= P_ZERO ;                                                         
 			D10_3_in_reg <= P_ZERO ;                                                         
 			D10_4_in_reg <= P_ZERO ;                                                         
 			D10_5_in_reg <= P_ZERO ;                                                         
 			D10_6_in_reg <= P_ZERO ;                                                         
 			D10_7_in_reg <= P_ZERO ;                                                         
 			D10_8_in_reg <= P_ZERO ;                                                         
 			D10_9_in_reg <= P_ZERO ;                                                         
 			D11_0_in_reg <= P_ZERO ;                                                         
 			D11_1_in_reg <= P_ZERO ;                                                         
 			D11_2_in_reg <= P_ZERO ;                                                         
 			D11_3_in_reg <= P_ZERO ;                                                         
 			D11_4_in_reg <= P_ZERO ;                                                         
 			D11_5_in_reg <= P_ZERO ;                                                         
 			D11_6_in_reg <= P_ZERO ;                                                         
 			D11_7_in_reg <= P_ZERO ;                                                         
 			D11_8_in_reg <= P_ZERO ;                                                         
 			D11_9_in_reg <= P_ZERO ;                                                         
 			D11_10_in_reg <= P_ZERO ;                                                        
 			D12_0_in_reg <= P_ZERO ;                                                         
 			D12_1_in_reg <= P_ZERO ;                                                         
 			D12_2_in_reg <= P_ZERO ;                                                         
 			D12_3_in_reg <= P_ZERO ;                                                         
 			D12_4_in_reg <= P_ZERO ;                                                         
 			D12_5_in_reg <= P_ZERO ;                                                         
 			D12_6_in_reg <= P_ZERO ;                                                         
 			D12_7_in_reg <= P_ZERO ;                                                         
 			D12_8_in_reg <= P_ZERO ;                                                         
 			D12_9_in_reg <= P_ZERO ;                                                         
 			D12_10_in_reg <= P_ZERO ;                                                        
 			D12_11_in_reg <= P_ZERO ;                                                        
 			D13_0_in_reg <= P_ZERO ;                                                         
 			D13_1_in_reg <= P_ZERO ;                                                         
 			D13_2_in_reg <= P_ZERO ;                                                         
 			D13_3_in_reg <= P_ZERO ;                                                         
 			D13_4_in_reg <= P_ZERO ;                                                         
 			D13_5_in_reg <= P_ZERO ;                                                         
 			D13_6_in_reg <= P_ZERO ;                                                         
 			D13_7_in_reg <= P_ZERO ;                                                         
 			D13_8_in_reg <= P_ZERO ;                                                         
 			D13_9_in_reg <= P_ZERO ;                                                         
 			D13_10_in_reg <= P_ZERO ;                                                        
 			D13_11_in_reg <= P_ZERO ;                                                        
 			D13_12_in_reg <= P_ZERO ;                                                        
 			D14_0_in_reg <= P_ZERO ;                                                         
 			D14_1_in_reg <= P_ZERO ;                                                         
 			D14_2_in_reg <= P_ZERO ;                                                         
 			D14_3_in_reg <= P_ZERO ;                                                         
 			D14_4_in_reg <= P_ZERO ;                                                         
 			D14_5_in_reg <= P_ZERO ;                                                         
 			D14_6_in_reg <= P_ZERO ;                                                         
 			D14_7_in_reg <= P_ZERO ;                                                         
 			D14_8_in_reg <= P_ZERO ;                                                         
 			D14_9_in_reg <= P_ZERO ;                                                         
 			D14_10_in_reg <= P_ZERO ;                                                        
 			D14_11_in_reg <= P_ZERO ;                                                        
 			D14_12_in_reg <= P_ZERO ;                                                        
 			D14_13_in_reg <= P_ZERO ;                                                        
 			D15_0_in_reg <= P_ZERO ;                                                         
 			D15_1_in_reg <= P_ZERO ;                                                         
 			D15_2_in_reg <= P_ZERO ;                                                         
 			D15_3_in_reg <= P_ZERO ;                                                         
 			D15_4_in_reg <= P_ZERO ;                                                         
 			D15_5_in_reg <= P_ZERO ;                                                         
 			D15_6_in_reg <= P_ZERO ;                                                         
 			D15_7_in_reg <= P_ZERO ;                                                         
 			D15_8_in_reg <= P_ZERO ;                                                         
 			D15_9_in_reg <= P_ZERO ;                                                         
 			D15_10_in_reg <= P_ZERO ;                                                        
 			D15_11_in_reg <= P_ZERO ;                                                        
 			D15_12_in_reg <= P_ZERO ;                                                        
 			D15_13_in_reg <= P_ZERO ;                                                        
 			D15_14_in_reg <= P_ZERO ;                                                        
 			//                                                                               
 			D0_0_out_reg <= P_ZERO ;                                                         
 			D0_1_out_reg <= P_ZERO ;	                                                     
 			D0_2_out_reg <= P_ZERO ;	                                                     
 			D0_3_out_reg <= P_ZERO ;	                                                     
 			D0_4_out_reg <= P_ZERO ;	                                                     
 			D0_5_out_reg <= P_ZERO ;	                                                     
 			D0_6_out_reg <= P_ZERO ;	                                                     
 			D0_7_out_reg <= P_ZERO ;	                                                     
 			D0_8_out_reg <= P_ZERO ;                                                         
 			D0_9_out_reg <= P_ZERO ;	                                                     
 			D0_10_out_reg <= P_ZERO ;                                                        
 			D0_11_out_reg <= P_ZERO ;                                                        
 			D0_12_out_reg <= P_ZERO ;                                                        
 			D0_13_out_reg <= P_ZERO ;				                                         
 			RDC_out0 <= P_ZERO ;                                                             
 			D1_0_out_reg <= P_ZERO ;	                                                     
 			D1_1_out_reg <= P_ZERO ;	                                                     
 			D1_2_out_reg <= P_ZERO ;	                                                     
 			D1_3_out_reg <= P_ZERO ;	                                                     
 			D1_4_out_reg <= P_ZERO ;	                                                     
 			D1_5_out_reg <= P_ZERO ;	                                                     
 			D1_6_out_reg <= P_ZERO ;	                                                     
 			D1_7_out_reg <= P_ZERO ;	                                                     
 			D1_8_out_reg <= P_ZERO ;	                                                     
 			D1_9_out_reg <= P_ZERO ;	                                                     
 			D1_10_out_reg <= P_ZERO ;	                                                     
 			D1_11_out_reg <= P_ZERO ;                                                        
 			D1_12_out_reg <= P_ZERO ;	                                                     
 			RDC_out1 <= P_ZERO ;                                                             
 			D2_0_out_reg <= P_ZERO ;	                                                     
 			D2_1_out_reg <= P_ZERO ;	                                                     
 			D2_2_out_reg <= P_ZERO ;	                                                     
 			D2_3_out_reg <= P_ZERO ;	                                                     
 			D2_4_out_reg <= P_ZERO ;	                                                     
 			D2_5_out_reg <= P_ZERO ;                                                         
 			D2_6_out_reg <= P_ZERO ;	                                                     
 			D2_7_out_reg <= P_ZERO ;                                                         
 			D2_8_out_reg <= P_ZERO ;	                                                     
 			D2_9_out_reg <= P_ZERO ;                                                         
 			D2_10_out_reg <= P_ZERO ;                                                        
 			D2_11_out_reg <= P_ZERO ;                                                        
 			RDC_out2 <= P_ZERO ;                                                             
 			                                                                                 
 			D3_0_out_reg <= P_ZERO ;	                                                     
 			D3_1_out_reg <= P_ZERO ;	                                                     
 			D3_2_out_reg <= P_ZERO ;	                                                     
 			D3_3_out_reg <= P_ZERO ;	                                                     
 			D3_4_out_reg <= P_ZERO ;	                                                     
 			D3_5_out_reg <= P_ZERO ;	                                                     
 			D3_6_out_reg <= P_ZERO ;	                                                     
 			D3_7_out_reg <= P_ZERO ;	                                                     
 			D3_8_out_reg <= P_ZERO ;	                                                     
 			D3_9_out_reg <= P_ZERO ;	                                                     
 			D3_10_out_reg <= P_ZERO ;	                                                     
 			RDC_out3 <= P_ZERO ;                                                             
 			                                                                                 
 			D4_0_out_reg <= P_ZERO ;	                                                     
 			D4_1_out_reg <= P_ZERO ;	                                                     
 			D4_2_out_reg <= P_ZERO ;	                                                     
 			D4_3_out_reg <= P_ZERO ;                                                         
 			D4_4_out_reg <= P_ZERO ;	                                                     
 			D4_5_out_reg <= P_ZERO ;	                                                     
 			D4_6_out_reg <= P_ZERO ;	                                                     
 			D4_7_out_reg <= P_ZERO ;	                                                     
 			D4_8_out_reg <= P_ZERO ;	                                                     
 			D4_9_out_reg <= P_ZERO ;                                                         
 			RDC_out4 <= P_ZERO ;                                                             
 			                                                                                 
 			D5_0_out_reg <= P_ZERO ;                                                         
 			D5_1_out_reg <= P_ZERO ;                                                         
 			D5_2_out_reg <= P_ZERO ;                                                         
 			D5_3_out_reg <= P_ZERO ;                                                         
 			D5_4_out_reg <= P_ZERO ;                                                         
 			D5_5_out_reg <= P_ZERO ;                                                         
 			D5_6_out_reg <= P_ZERO ;                                                         
 			D5_7_out_reg <= P_ZERO ;                                                         
 			D5_8_out_reg <= P_ZERO ;                                                         
 			RDC_out5 <= P_ZERO ;                                                             
 			                                                                                 
 			D6_0_out_reg <= P_ZERO ;                                                         
 			D6_1_out_reg <= P_ZERO ;                                                         
 			D6_2_out_reg <= P_ZERO ;                                                         
 			D6_3_out_reg <= P_ZERO ;                                                         
 			D6_4_out_reg <= P_ZERO ;                                                         
 			D6_5_out_reg <= P_ZERO ;                                                         
 			D6_6_out_reg <= P_ZERO ;                                                         
 			D6_7_out_reg <= P_ZERO ;                                                         
 			RDC_out6 <= P_ZERO ;                                                             
 			                                                                                 
 			D7_0_out_reg <= P_ZERO ;                                                         
 			D7_1_out_reg <= P_ZERO ;                                                         
 			D7_2_out_reg <= P_ZERO ;                                                         
 			D7_3_out_reg <= P_ZERO ;                                                         
 			D7_4_out_reg <= P_ZERO ;                                                         
 			D7_5_out_reg <= P_ZERO ;                                                         
 			D7_6_out_reg <= P_ZERO ;                                                         
 			RDC_out7 <= P_ZERO ;                                                             
 			                                                                                 
 			D8_0_out_reg <= P_ZERO ;                                                         
 			D8_1_out_reg <= P_ZERO ;                                                         
 			D8_2_out_reg <= P_ZERO ;                                                         
 			D8_3_out_reg <= P_ZERO ;                                                         
 			D8_4_out_reg <= P_ZERO ;                                                         
 			D8_5_out_reg <= P_ZERO ;                                                         
 			RDC_out8 <= P_ZERO ;                                                             
 			                                                                                 
 			D9_0_out_reg <= P_ZERO ;                                                         
 			D9_1_out_reg <= P_ZERO ;                                                         
 			D9_2_out_reg <= P_ZERO ;                                                         
 			D9_3_out_reg <= P_ZERO ;                                                         
 			D9_4_out_reg <= P_ZERO ;                                                         
 			RDC_out9 <= P_ZERO ;                                                             
 			                                                                                 
 			D10_0_out_reg <= P_ZERO ;                                                        
 			D10_1_out_reg <= P_ZERO ;                                                        
 			D10_2_out_reg <= P_ZERO ;                                                        
 			D10_3_out_reg <= P_ZERO ;                                                        
 			RDC_out10 <= P_ZERO ;                                                            
 			                                                                                 
 			D11_0_out_reg <= P_ZERO ;                                                        
 			D11_1_out_reg <= P_ZERO ;                                                        
 			D11_2_out_reg <= P_ZERO ;                                                        
 			RDC_out11 <= P_ZERO ;                                                            
 			                                                                                 
 			D12_0_out_reg <= P_ZERO ;                                                        
 			D12_1_out_reg <= P_ZERO ;                                                        
 			RDC_out12 <= P_ZERO ;                                                            
 			                                                                                 
 			D13_0_out_reg <= P_ZERO ;                                                        
 			RDC_out13 <= P_ZERO ;                                                            
 			                                                                                 
 			RDC_out14 <= P_ZERO ;                                                            
 			                                                                                 
 		end                                                                                  
 		else begin                                                                           
 			D1_0_in_reg <= RDC_in1 ;                                                         
 			                                                                                 
 			D2_0_in_reg <= RDC_in2 ;                                                         
 			D2_1_in_reg <= D2_0_in_reg ;                                                     
 			                                                                                 
 			D3_0_in_reg <= RDC_in3 ;                                                         
 			D3_1_in_reg <= D3_0_in_reg ;                                                     
 			D3_2_in_reg <= D3_1_in_reg ;                                                     
 			                                                                                 
 			D4_0_in_reg <= RDC_in4 ;                                                         
 			D4_1_in_reg <= D4_0_in_reg ;                                                     
 			D4_2_in_reg <= D4_1_in_reg ;                                                     
 			D4_3_in_reg <= D4_2_in_reg ;                                                     
 			                                                                                 
 			D5_0_in_reg <= RDC_in5 ;                                                         
 			D5_1_in_reg <= D5_0_in_reg ;                                                     
 			D5_2_in_reg <= D5_1_in_reg ;                                                     
 			D5_3_in_reg <= D5_2_in_reg ;                                                     
 			D5_4_in_reg <= D5_3_in_reg ;                                                     
 			                                                                                 
 			D6_0_in_reg <= RDC_in6 ;                                                         
 			D6_1_in_reg <= D6_0_in_reg ;                                                     
 			D6_2_in_reg <= D6_1_in_reg ;                                                     
 			D6_3_in_reg <= D6_2_in_reg ;                                                     
 			D6_4_in_reg <= D6_3_in_reg ;                                                     
 			D6_5_in_reg <= D6_4_in_reg ;                                                     
 			                                                                                 
 			D7_0_in_reg <= RDC_in7 ;                                                         
 			D7_1_in_reg <= D7_0_in_reg ;                                                     
 			D7_2_in_reg <= D7_1_in_reg ;                                                     
 			D7_3_in_reg <= D7_2_in_reg ;                                                     
 			D7_4_in_reg <= D7_3_in_reg ;                                                     
 			D7_5_in_reg <= D7_4_in_reg ;                                                     
 			D7_6_in_reg <= D7_5_in_reg ;                                                     
 			                                                                                 
 			D8_0_in_reg <= RDC_in8 ;                                                         
 			D8_1_in_reg <= D8_0_in_reg ;                                                     
 			D8_2_in_reg <= D8_1_in_reg ;                                                     
 			D8_3_in_reg <= D8_2_in_reg ;                                                     
 			D8_4_in_reg <= D8_3_in_reg ;                                                     
 			D8_5_in_reg <= D8_4_in_reg ;                                                     
 			D8_6_in_reg <= D8_5_in_reg ;                                                     
 			D8_7_in_reg <= D8_6_in_reg ;                                                     
 			                                                                                 
 			D9_0_in_reg <= RDC_in9 ;                                                         
 			D9_1_in_reg <= D9_0_in_reg ;                                                     
 			D9_2_in_reg <= D9_1_in_reg ;                                                     
 			D9_3_in_reg <= D9_2_in_reg ;                                                     
 			D9_4_in_reg <= D9_3_in_reg ;                                                     
 			D9_5_in_reg <= D9_4_in_reg ;                                                     
 			D9_6_in_reg <= D9_5_in_reg ;                                                     
 			D9_7_in_reg <= D9_6_in_reg ;                                                     
 			D9_8_in_reg <= D9_7_in_reg ;                                                     
 			                                                                                 
 			D10_0_in_reg <= RDC_in10 ;                                                       
 			D10_1_in_reg <= D10_0_in_reg ;                                                   
 			D10_2_in_reg <= D10_1_in_reg ;                                                   
 			D10_3_in_reg <= D10_2_in_reg ;                                                   
 			D10_4_in_reg <= D10_3_in_reg ;                                                   
 			D10_5_in_reg <= D10_4_in_reg ;                                                   
 			D10_6_in_reg <= D10_5_in_reg ;                                                   
 			D10_7_in_reg <= D10_6_in_reg ;                                                   
 			D10_8_in_reg <= D10_7_in_reg ;                                                   
 			D10_9_in_reg <= D10_8_in_reg ;                                                   
 			                                                                                 
 			D11_0_in_reg <= RDC_in11 ;                                                       
 			D11_1_in_reg <= D11_0_in_reg ;                                                   
 			D11_2_in_reg <= D11_1_in_reg ;                                                   
 			D11_3_in_reg <= D11_2_in_reg ;                                                   
 			D11_4_in_reg <= D11_3_in_reg ;                                                   
 			D11_5_in_reg <= D11_4_in_reg ;                                                   
 			D11_6_in_reg <= D11_5_in_reg ;                                                   
 			D11_7_in_reg <= D11_6_in_reg ;                                                   
 			D11_8_in_reg <= D11_7_in_reg ;                                                   
 			D11_9_in_reg <= D11_8_in_reg ;                                                   
 			D11_10_in_reg <= D11_9_in_reg ;                                                  
 			                                                                                 
 			D12_0_in_reg <= RDC_in12 ;                                                       
 			D12_1_in_reg <= D12_0_in_reg ;                                                   
 			D12_2_in_reg <= D12_1_in_reg ;                                                   
 			D12_3_in_reg <= D12_2_in_reg ;                                                   
 			D12_4_in_reg <= D12_3_in_reg ;                                                   
 			D12_5_in_reg <= D12_4_in_reg ;                                                   
 			D12_6_in_reg <= D12_5_in_reg ;                                                   
 			D12_7_in_reg <= D12_6_in_reg ;                                                   
 			D12_8_in_reg <= D12_7_in_reg ;                                                   
 			D12_9_in_reg <= D12_8_in_reg ;                                                   
 			D12_10_in_reg <= D12_9_in_reg ;                                                  
 			D12_11_in_reg <= D12_10_in_reg ;                                                 
 			                                                                                 
 			D13_0_in_reg <= RDC_in13 ;                                                       
 			D13_1_in_reg <= D13_0_in_reg ;                                                   
 			D13_2_in_reg <= D13_1_in_reg ;                                                   
 			D13_3_in_reg <= D13_2_in_reg ;                                                   
 			D13_4_in_reg <= D13_3_in_reg ;                                                   
 			D13_5_in_reg <= D13_4_in_reg ;                                                   
 			D13_6_in_reg <= D13_5_in_reg ;                                                   
 			D13_7_in_reg <= D13_6_in_reg ;                                                   
 			D13_8_in_reg <= D13_7_in_reg ;                                                   
 			D13_9_in_reg <= D13_8_in_reg ;                                                   
 			D13_10_in_reg <= D13_9_in_reg ;                                                  
 			D13_11_in_reg <= D13_10_in_reg ;                                                 
 			D13_12_in_reg <= D13_11_in_reg ;                                                 
 			                                                                                 
 			D14_0_in_reg <= RDC_in14 ;                                                       
 			D14_1_in_reg <= D14_0_in_reg ;                                                   
 			D14_2_in_reg <= D14_1_in_reg ;                                                   
 			D14_3_in_reg <= D14_2_in_reg ;                                                   
 			D14_4_in_reg <= D14_3_in_reg ;                                                   
 			D14_5_in_reg <= D14_4_in_reg ;                                                   
 			D14_6_in_reg <= D14_5_in_reg ;                                                   
 			D14_7_in_reg <= D14_6_in_reg ;                                                   
 			D14_8_in_reg <= D14_7_in_reg ;                                                   
 			D14_9_in_reg <= D14_8_in_reg ;                                                   
 			D14_10_in_reg <= D14_9_in_reg ;                                                  
 			D14_11_in_reg <= D14_10_in_reg ;                                                 
 			D14_12_in_reg <= D14_11_in_reg ;                                                 
 			D14_13_in_reg <= D14_12_in_reg ;                                                 
 			                                                                                 
 			D15_0_in_reg <= RDC_in15 ;                                                       
 			D15_1_in_reg <= D15_0_in_reg ;                                                   
 			D15_2_in_reg <= D15_1_in_reg ;                                                   
 			D15_3_in_reg <= D15_2_in_reg ;                                                   
 			D15_4_in_reg <= D15_3_in_reg ;                                                   
 			D15_5_in_reg <= D15_4_in_reg ;                                                   
 			D15_6_in_reg <= D15_5_in_reg ;                                                   
 			D15_7_in_reg <= D15_6_in_reg ;                                                   
 			D15_8_in_reg <= D15_7_in_reg ;                                                   
 			D15_9_in_reg <= D15_8_in_reg ;                                                   
 			D15_10_in_reg <= D15_9_in_reg ;                                                  
 			D15_11_in_reg <= D15_10_in_reg ;                                                 
 			D15_12_in_reg <= D15_11_in_reg ;                                                 
 			D15_13_in_reg <= D15_12_in_reg ;                                                 
 			D15_14_in_reg <= D15_13_in_reg ;                                                 
 			                                                                                 
 			//                                                                               
 			D0_0_out_reg <= D0_wire ;                                                        
 			D0_1_out_reg <= D0_0_out_reg ;                                                   
 			D0_2_out_reg <= D0_1_out_reg ;                                                   
 			D0_3_out_reg <= D0_2_out_reg ;                                                   
 			D0_4_out_reg <= D0_3_out_reg ;                                                   
 			D0_5_out_reg <= D0_4_out_reg ;                                                   
 			D0_6_out_reg <= D0_5_out_reg ;                                                   
 			D0_7_out_reg <= D0_6_out_reg ;                                                   
 			D0_8_out_reg <= D0_7_out_reg ;                                                   
 			D0_9_out_reg <= D0_8_out_reg ;                                                   
 			D0_10_out_reg <= D0_9_out_reg ;                                                  
 			D0_11_out_reg <= D0_10_out_reg ;                                                 
 			D0_12_out_reg <= D0_11_out_reg ;                                                 
 			D0_13_out_reg <= D0_12_out_reg ;                                                 
 			RDC_out0 <= D0_13_out_reg ;                                                      
 			                                                                                 
 			D1_0_out_reg <= D1_wire ;                                                        
 			D1_1_out_reg <= D1_0_out_reg ;                                                   
 			D1_2_out_reg <= D1_1_out_reg ;                                                   
 			D1_3_out_reg <= D1_2_out_reg ;                                                   
 			D1_4_out_reg <= D1_3_out_reg ;                                                   
 			D1_5_out_reg <= D1_4_out_reg ;                                                   
 			D1_6_out_reg <= D1_5_out_reg ;                                                   
 			D1_7_out_reg <= D1_6_out_reg ;                                                   
 			D1_8_out_reg <= D1_7_out_reg ;                                                   
 			D1_9_out_reg <= D1_8_out_reg ;                                                   
 			D1_10_out_reg <= D1_9_out_reg ;                                                  
 			D1_11_out_reg <= D1_10_out_reg ;                                                 
 			D1_12_out_reg <= D1_11_out_reg ;                                                 
 			RDC_out1 <= D1_12_out_reg ;                                                      
 			                                                                                 
 			D2_0_out_reg <= D2_wire ;                                                        
 			D2_1_out_reg <= D2_0_out_reg ;                                                   
 			D2_2_out_reg <= D2_1_out_reg ;                                                   
 			D2_3_out_reg <= D2_2_out_reg ;                                                   
 			D2_4_out_reg <= D2_3_out_reg ;                                                   
 			D2_5_out_reg <= D2_4_out_reg ;                                                   
 			D2_6_out_reg <= D2_5_out_reg ;                                                   
 			D2_7_out_reg <= D2_6_out_reg ;                                                   
 			D2_8_out_reg <= D2_7_out_reg ;                                                   
 			D2_9_out_reg <= D2_8_out_reg ;                                                   
 			D2_10_out_reg <= D2_9_out_reg ;                                                  
 			D2_11_out_reg <= D2_10_out_reg ;                                                 
 			RDC_out2 <= D2_11_out_reg ;                                                      
 			                                                                                 
 			D3_0_out_reg <= D3_wire ;                                                        
 			D3_1_out_reg <= D3_0_out_reg ;                                                   
 			D3_2_out_reg <= D3_1_out_reg ;                                                   
 			D3_3_out_reg <= D3_2_out_reg ;                                                   
 			D3_4_out_reg <= D3_3_out_reg ;                                                   
 			D3_5_out_reg <= D3_4_out_reg ;                                                   
 			D3_6_out_reg <= D3_5_out_reg ;                                                   
 			D3_7_out_reg <= D3_6_out_reg ;                                                   
 			D3_8_out_reg <= D3_7_out_reg ;                                                   
 			D3_9_out_reg <= D3_8_out_reg ;                                                   
 			D3_10_out_reg <= D3_9_out_reg ;                                                  
 			RDC_out3 <= D3_10_out_reg ;                                                      
 			                                                                                 
 			D4_0_out_reg <= D4_wire ;                                                        
 			D4_1_out_reg <= D4_0_out_reg ;                                                   
 			D4_2_out_reg <= D4_1_out_reg ;                                                   
 			D4_3_out_reg <= D4_2_out_reg ;                                                   
 			D4_4_out_reg <= D4_3_out_reg ;                                                   
 			D4_5_out_reg <= D4_4_out_reg ;                                                   
 			D4_6_out_reg <= D4_5_out_reg ;                                                   
 			D4_7_out_reg <= D4_6_out_reg ;                                                   
 			D4_8_out_reg <= D4_7_out_reg ;                                                   
 			D4_9_out_reg <= D4_8_out_reg ;                                                   
 			RDC_out4 <= D4_9_out_reg ;                                                       
 			                                                                                 
 			D5_0_out_reg <= D5_wire ;                                                        
 			D5_1_out_reg <= D5_0_out_reg ;                                                   
 			D5_2_out_reg <= D5_1_out_reg ;                                                   
 			D5_3_out_reg <= D5_2_out_reg ;                                                   
 			D5_4_out_reg <= D5_3_out_reg ;                                                   
 			D5_5_out_reg <= D5_4_out_reg ;                                                   
 			D5_6_out_reg <= D5_5_out_reg ;                                                   
 			D5_7_out_reg <= D5_6_out_reg ;                                                   
 			D5_8_out_reg <= D5_7_out_reg ;                                                   
 			RDC_out5 <= D5_8_out_reg ;                                                       
 			                                                                                 
 			D6_0_out_reg <= D6_wire ;                                                        
 			D6_1_out_reg <= D6_0_out_reg ;                                                   
 			D6_2_out_reg <= D6_1_out_reg ;                                                   
 			D6_3_out_reg <= D6_2_out_reg ;                                                   
 			D6_4_out_reg <= D6_3_out_reg ;                                                   
 			D6_5_out_reg <= D6_4_out_reg ;                                                   
 			D6_6_out_reg <= D6_5_out_reg ;                                                   
 			D6_7_out_reg <= D6_6_out_reg ;                                                   
 			RDC_out6 <= D6_7_out_reg ;                                                       
 			                                                                                 
 			D7_0_out_reg <= D7_wire ;                                                        
 			D7_1_out_reg <= D7_0_out_reg ;                                                   
 			D7_2_out_reg <= D7_1_out_reg ;                                                   
 			D7_3_out_reg <= D7_2_out_reg ;                                                   
 			D7_4_out_reg <= D7_3_out_reg ;                                                   
 			D7_5_out_reg <= D7_4_out_reg ;                                                   
 			D7_6_out_reg <= D7_5_out_reg ;                                                   
 			RDC_out7 <= D7_6_out_reg ;                                                       
 			                                                                                 
 			D8_0_out_reg <= D8_wire ;                                                        
 			D8_1_out_reg <= D8_0_out_reg ;                                                   
 			D8_2_out_reg <= D8_1_out_reg ;                                                   
 			D8_3_out_reg <= D8_2_out_reg ;                                                   
 			D8_4_out_reg <= D8_3_out_reg ;                                                   
 			D8_5_out_reg <= D8_4_out_reg ;                                                   
 			RDC_out8 <= D8_5_out_reg ;                                                       
 			                                                                                 
 			D9_0_out_reg <= D9_wire ;                                                        
 			D9_1_out_reg <= D9_0_out_reg ;                                                   
 			D9_2_out_reg <= D9_1_out_reg ;                                                   
 			D9_3_out_reg <= D9_2_out_reg ;                                                   
 			D9_4_out_reg <= D9_3_out_reg ;                                                   
 			RDC_out9 <= D9_4_out_reg ;                                                       
 			                                                                                 
 			D10_0_out_reg <= D10_wire ;                                                      
 			D10_1_out_reg <= D10_0_out_reg ;                                                 
 			D10_2_out_reg <= D10_1_out_reg ;                                                 
 			D10_3_out_reg <= D10_2_out_reg ;                                                 
 			RDC_out10 <= D10_3_out_reg ;                                                     
 			                                                                                 
 			D11_0_out_reg <= D11_wire ;                                                      
 			D11_1_out_reg <= D11_0_out_reg ;                                                 
 			D11_2_out_reg <= D11_1_out_reg ;                                                 
 			RDC_out11 <= D11_2_out_reg ;                                                     
 			                                                                                 
 			D12_0_out_reg <= D12_wire ;                                                      
 			D12_1_out_reg <= D12_0_out_reg ;                                                 
 			RDC_out12 <= D12_1_out_reg ;                                                     
 			                                                                                 
 			D13_0_out_reg <= D13_wire ;                                                      
 			RDC_out13 <= D13_0_out_reg ;                                                     
 			                                                                                 
 			RDC_out14 <= D14_wire ;                                                          
 			                                                                                 
 		end                                                                                  
 	end                                                                                      
                                                                                              
 endmodule